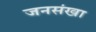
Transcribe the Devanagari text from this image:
जनसंखा